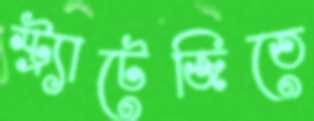
স্ট্র্যাটেজিতে